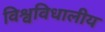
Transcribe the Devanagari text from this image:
विश्वविधालीय